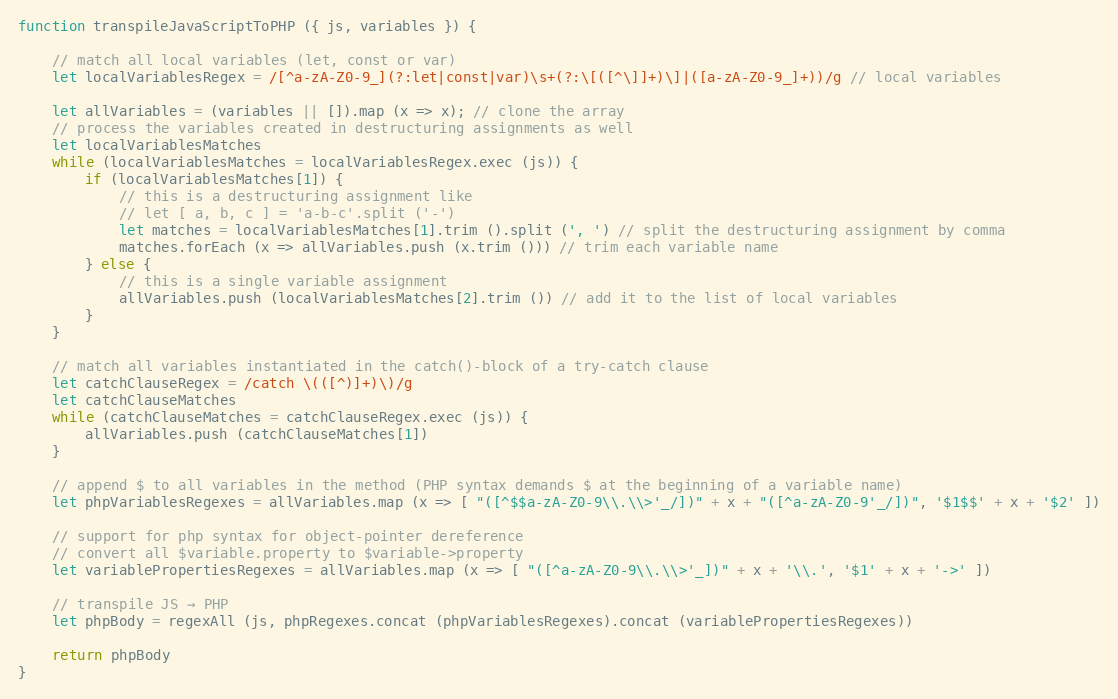
Language: JavaScript
function transpileJavaScriptToPHP ({ js, variables }) {

    // match all local variables (let, const or var)
    let localVariablesRegex = /[^a-zA-Z0-9_](?:let|const|var)\s+(?:\[([^\]]+)\]|([a-zA-Z0-9_]+))/g // local variables

    let allVariables = (variables || []).map (x => x); // clone the array
    // process the variables created in destructuring assignments as well
    let localVariablesMatches
    while (localVariablesMatches = localVariablesRegex.exec (js)) {
        if (localVariablesMatches[1]) {
            // this is a destructuring assignment like
            // let [ a, b, c ] = 'a-b-c'.split ('-')
            let matches = localVariablesMatches[1].trim ().split (', ') // split the destructuring assignment by comma
            matches.forEach (x => allVariables.push (x.trim ())) // trim each variable name
        } else {
            // this is a single variable assignment
            allVariables.push (localVariablesMatches[2].trim ()) // add it to the list of local variables
        }
    }

    // match all variables instantiated in the catch()-block of a try-catch clause
    let catchClauseRegex = /catch \(([^)]+)\)/g
    let catchClauseMatches
    while (catchClauseMatches = catchClauseRegex.exec (js)) {
        allVariables.push (catchClauseMatches[1])
    }

    // append $ to all variables in the method (PHP syntax demands $ at the beginning of a variable name)
    let phpVariablesRegexes = allVariables.map (x => [ "([^$$a-zA-Z0-9\\.\\>'_/])" + x + "([^a-zA-Z0-9'_/])", '$1$$' + x + '$2' ])

    // support for php syntax for object-pointer dereference
    // convert all $variable.property to $variable->property
    let variablePropertiesRegexes = allVariables.map (x => [ "([^a-zA-Z0-9\\.\\>'_])" + x + '\\.', '$1' + x + '->' ])

    // transpile JS → PHP
    let phpBody = regexAll (js, phpRegexes.concat (phpVariablesRegexes).concat (variablePropertiesRegexes))

    return phpBody
}